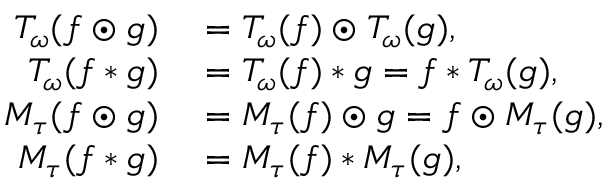
\begin{array} { r l } { T _ { \omega } ( f \odot g ) } & { { } = T _ { \omega } ( f ) \odot T _ { \omega } ( g ) , } \\ { T _ { \omega } ( f * g ) } & { { } = T _ { \omega } ( f ) * g = f * T _ { \omega } ( g ) , } \\ { M _ { \tau } ( f \odot g ) } & { { } = M _ { \tau } ( f ) \odot g = f \odot M _ { \tau } ( g ) , } \\ { M _ { \tau } ( f * g ) } & { { } = M _ { \tau } ( f ) * M _ { \tau } ( g ) , } \end{array}